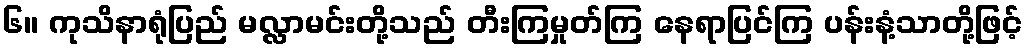
၆။ ကုသိနာရုံပြည် မလ္လာမင်းတို့သည် တီးကြမှုတ်ကြ နေရာပြင်ကြ ပန်းနံ့သာတို့ဖြင့်